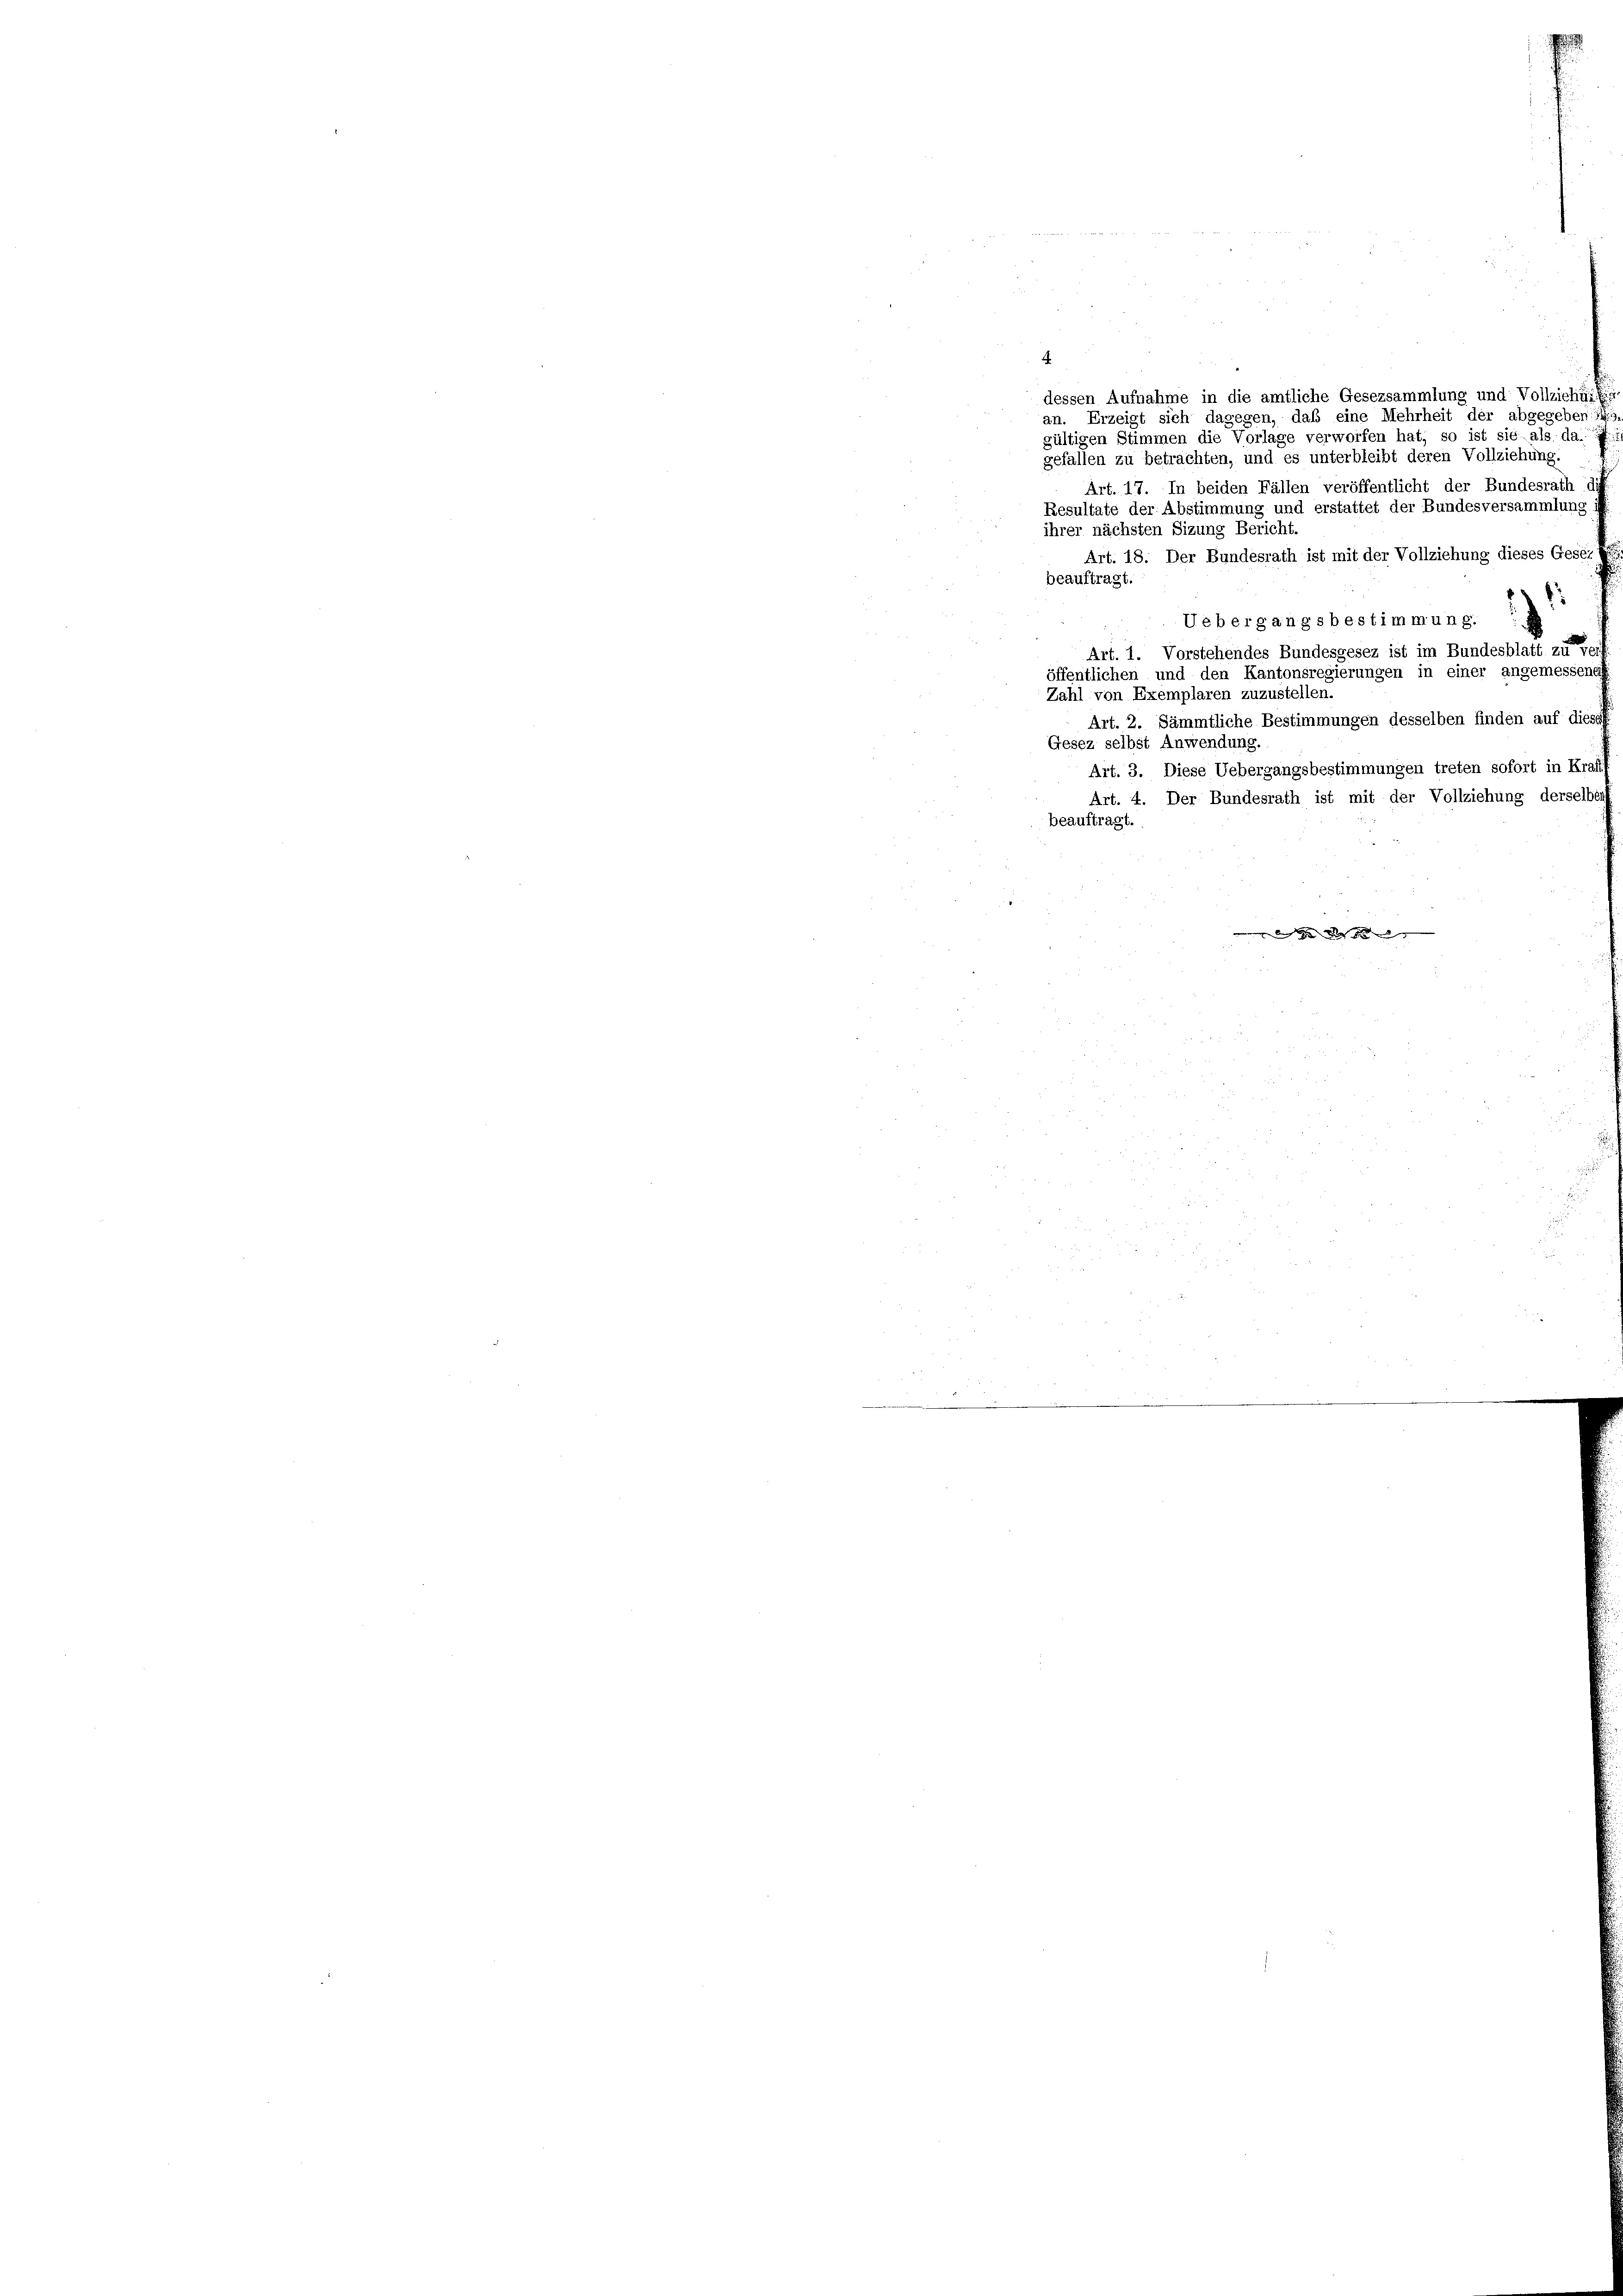
4
dessen Aufnahme in die amtliche Gesezsammlung und Vollziehungen
an. Erzeigt sich dagegen, daß eine Mehrheit der abgegeben: 14.
gültigen Stimmen die Vorlage verworfen hat, so ist sie als da.
gefallen zu betrachten, und es unterbleibt deren Vollziehung.
Art. 17. In beiden Fällen veröffentlicht der Bundesrath di
Resultate der Abstimmung und erstattet der Bundesversammlung
ihrer nächsten Sizung Bericht.
Art. 18. Der Bundesrath ist mit der Vollziehung dieses Gesetz
beauftragt.
1
Uebergangsbestimmung. E
Art. 1. Vorstehendes Bundesgesez ist im Bundesblatt zu erre
öffentlichen und den Kantonsregierungen in einer angemessene
Zahl von Exemplaren zuzustellen.
Art. 2. Sämmtliche Bestimmungen desselben finden auf diese
Gesez selbst Anwendung.
Art. 3. Diese Uebergangsbestimmungen treten sofort in Kraffis
Art. 4. Der Bundesrath ist mit der Vollziehung derselbe
beauftragt.

be er die be